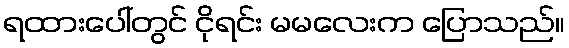
ရထားပေါ်တွင် ငိုရင်း မမလေးက ပြောသည်။